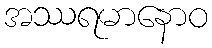
အဿရမာနောဝ